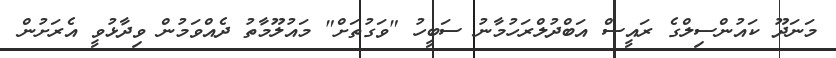
މަނަދޫ ކައުންސިލްގެ ރައީސް އަބްދުލްރަހުމާނު ސަބީހު "ވަގުތަށް" މައުލޫމާތު ދެއްވަމުން ވިދާޅުވީ އެރަށުން